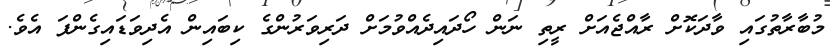
މުބާރާތުގައި ވާދަކޮށް ރާއްޖެއަށް ރީތި ނަން ހޯދައިދެއްވުމަށް ދަރިވަރުންގެ ކިބައިން އެދިވަޑައިގެންފަ އެވެ.